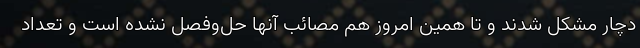
دچار مشکل شدند و تا همین امروز هم مصائب آنها حل‌وفصل نشده است و تعداد